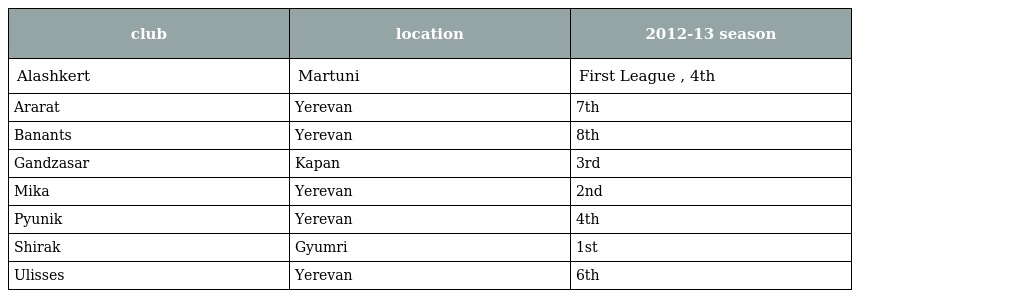
| club | location | 2012-13 season |
 | --- | --- | --- |
 | Alashkert | Martuni | First League , 4th |
 | Ararat | Yerevan | 7th |
 | Banants | Yerevan | 8th |
 | Gandzasar | Kapan | 3rd |
 | Mika | Yerevan | 2nd |
 | Pyunik | Yerevan | 4th |
 | Shirak | Gyumri | 1st |
 | Ulisses | Yerevan | 6th |